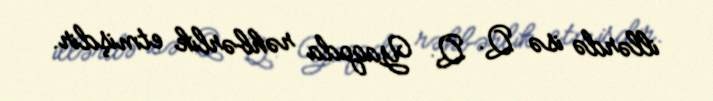
illərdə isə Q. Q. Yaqoda rəhbərlik etmişdir.